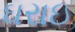
ઘરાઇ